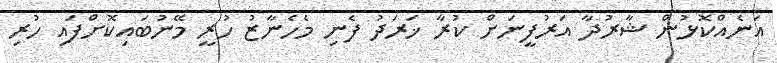
އަނެއްކޮޅުން ޝާރުދާ އަރުފީނަށް ކުރާ ޚަރަދު ފެނި މެހެނާޒު ހުރީ މޭނުބައިކޮށްފައި ހުރި